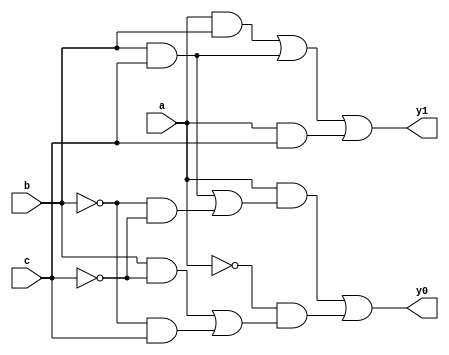
`timescale 1ns/1ns
module ExpressionLevelOneCounter(input a, b, c, output y0, y1);
	assign #20 y0 = (a & ((b & c) | (~b & ~c))) | (~a & ((b & ~c) | (~b & c)));
	assign #15 y1 = (a & b) | (b & c) | (a & c);
endmodule